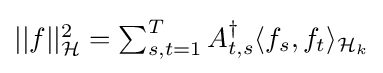
{\textstyle ||f||_{\mathcal {H}}^{2}=\sum _{s,t=1}^{T}A_{t,s}^{\dagger }\langle f_{s},f_{t}\rangle _{{\mathcal {H}}_{k}}}